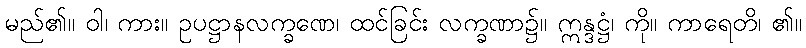
မည်၏။ ဝါ၊ ကား။ ဥပဋ္ဌာနလက္ခဏေ၊ ထင်ခြင်း လက္ခဏာ၌။ ဣန္ဒဋ္ဌံ၊ ကို။ ကာရေတိ၊ ၏။